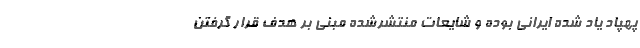
پهپاد یاد شده ایرانی بوده و شایعات منتشرشده مبنی بر هدف قرار گرفتن